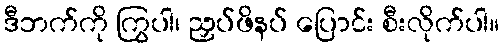
ဒီဘက်ကို ကြွပါ၊ ညှပ်ဖိနပ် ပြောင်း စီးလိုက်ပါ။